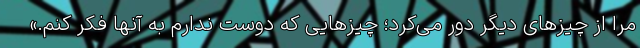
مرا از چیزهای دیگر دور می‌کرد؛ چیزهایی که دوست ندارم به آنها فکر کنم.»